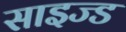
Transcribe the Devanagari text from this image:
साइज्ड